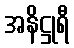
အနိဋ္ဌုရီ